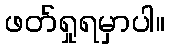
ဖတ်ရှုရမှာပါ။